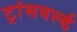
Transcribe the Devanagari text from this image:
ट्रांसवर्ल्ड